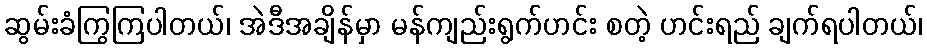
ဆွမ်းခံကြွကြပါတယ်၊ အဲဒီအချိန်မှာ မန်ကျည်းရွက်ဟင်း စတဲ့ ဟင်းရည် ချက်ရပါတယ်၊